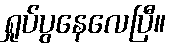
ရှုပ်ပွနေလေပြီ။